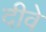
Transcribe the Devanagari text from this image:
दीवे